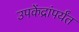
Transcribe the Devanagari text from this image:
उपकेंद्रांपर्यंत